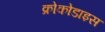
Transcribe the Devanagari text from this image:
क्रोकोडाइस